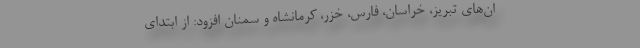
ان‌های تبریز، خراسان، فارس، خزر، کرمانشاه و سمنان افزود: از ابتدای